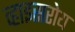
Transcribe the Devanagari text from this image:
व्हाइसरोय